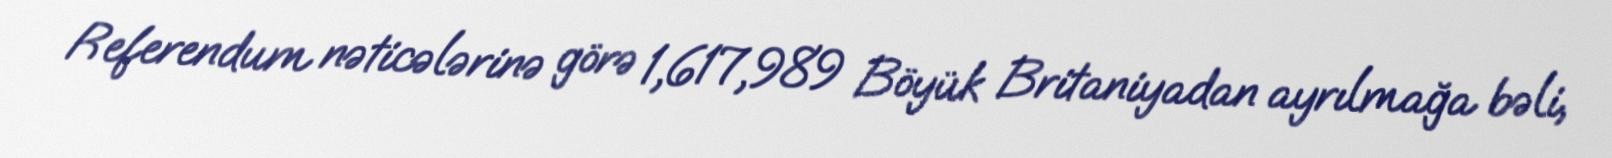
Referendum nəticələrinə görə 1,617,989 Böyük Britaniyadan ayrılmağa bəli,